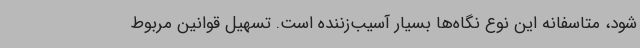
شود، متاسفانه این نوع نگاه‌ها بسیار آسیب‌زننده است. تسهیل قوانین مربوط